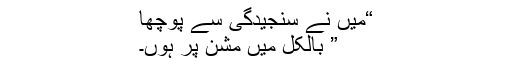
“میں نے سنجیدگی سے پوچھا
” بالکل میں مشن پر ہوں۔